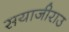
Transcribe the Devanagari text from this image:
सयाजीराउ